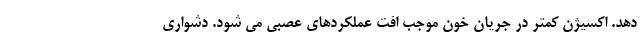
دهد. اکسیژن کمتر در جریان خون موجب افت عملکردهای عصبی می شود. دشواری